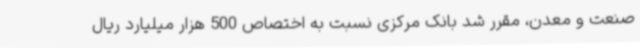
صنعت و معدن، مقرر شد بانک مرکزی نسبت به اختصاص 500 هزار میلیارد ریال